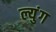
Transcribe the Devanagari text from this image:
ल्युंग